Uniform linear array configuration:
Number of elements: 4
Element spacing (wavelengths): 0.75
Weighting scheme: hann
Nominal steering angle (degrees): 60
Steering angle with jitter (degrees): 58.22
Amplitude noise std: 0.05
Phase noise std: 0.05

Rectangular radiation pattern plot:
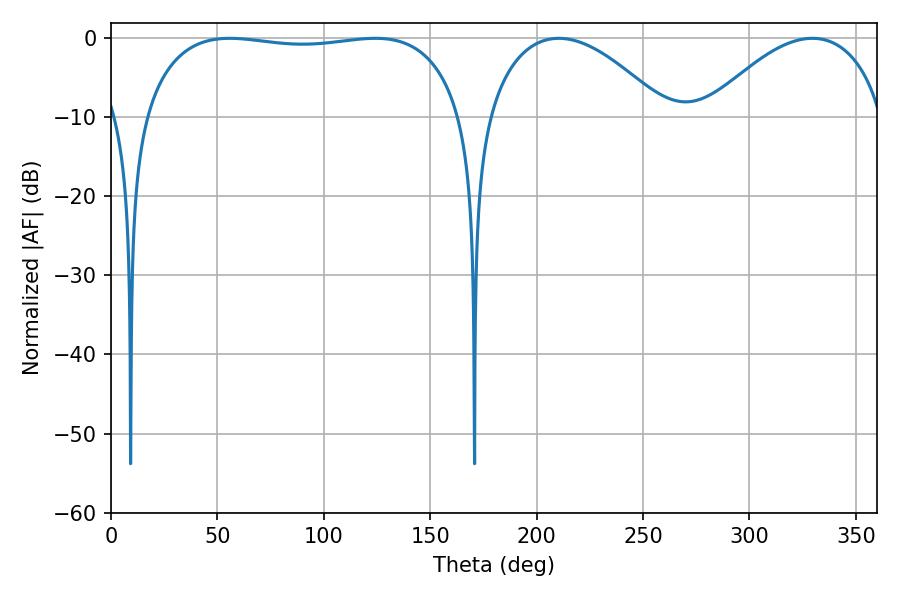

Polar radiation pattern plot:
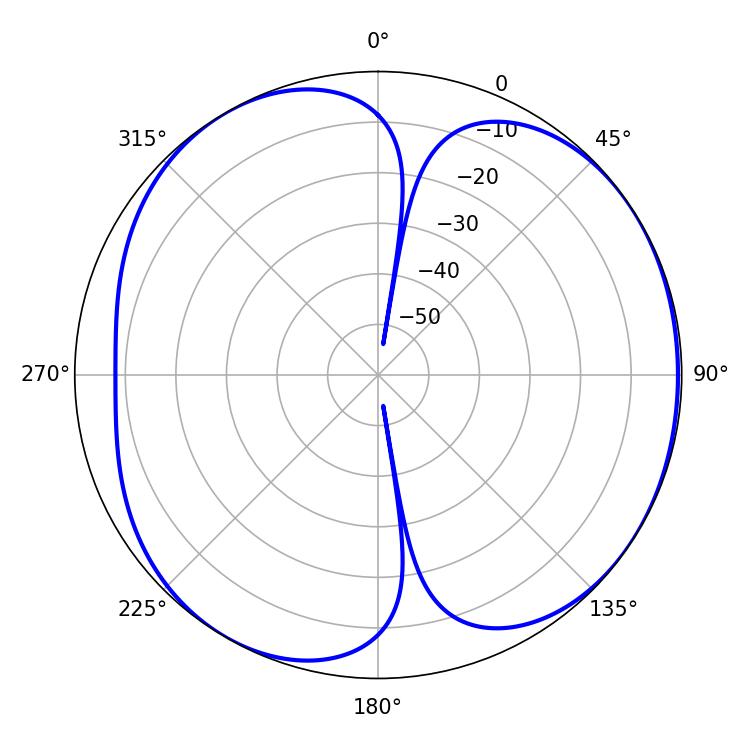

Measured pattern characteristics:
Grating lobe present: TRUE
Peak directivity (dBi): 5.179
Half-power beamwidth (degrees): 120.6
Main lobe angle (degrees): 55.8